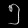
Digit: ၅